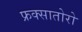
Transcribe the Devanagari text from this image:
फ्रक्सातोरो